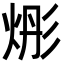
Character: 烿